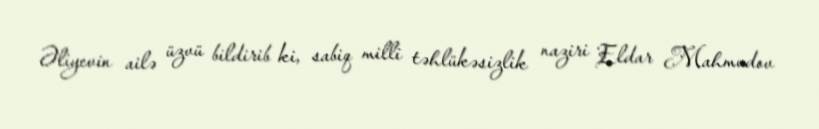
Əliyevin ailə üzvü bildirib ki, sabiq milli təhlükəsizlik naziri Eldar Mahmudov